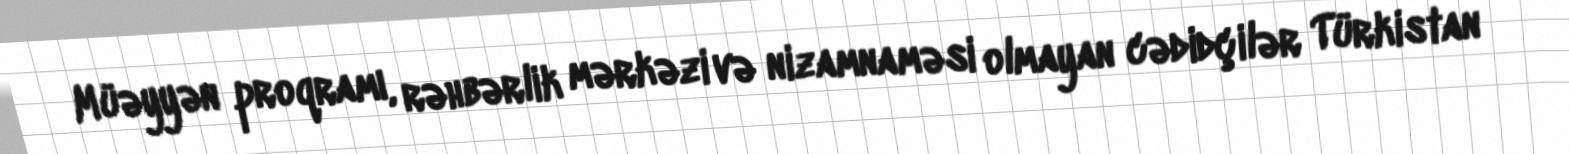
Müəyyən proqramı, rəhbərlik mərkəzi və nizamnaməsi olmayan cədidçilər Türkistan